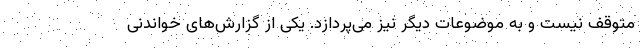
متوقف نیست و به موضوعات دیگر نیز می‌پردازد. یکی از گزارش‌های خواندنی